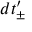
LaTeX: d t _ { \pm } ^ { \prime }